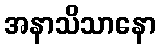
အနာသိသာနော